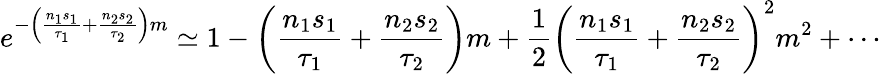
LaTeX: e^{-\left(\frac{n_{1}s_{1}}{\tau_{1}}+\frac{n_{2}s_{2}}{\tau_{2}}\right)m}\simeq 1-\left(\frac{n_{1}s_{1}}{\tau_{1}}+\frac{n_{2}s_{2}}{\tau_{2}}\right)m+\frac{1}{2}\left(\frac{n_{1}s_{1}}{\tau_{1}}+\frac{n_{2}s_{2}}{\tau_{2}}\right)^{2}m^{2}+\cdots